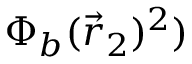
\Phi _ { b } ( { \vec { r } } _ { 2 } ) ^ { 2 } )